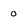
Character: 0